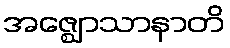
အဇ္ဈောသာနာတိ